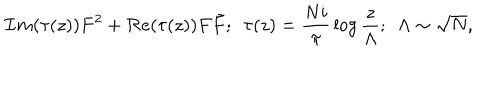
{ \cal I } m ( \tau ( z ) ) F ^ { 2 } + { \cal R } e ( \tau ( z ) ) F \tilde { F } ; \, \, \, \tau ( z ) = { \frac { N i } { \pi } } \log { \frac { z } { \Lambda } } ; \, \, \, \Lambda \sim { \sqrt N } ,